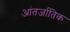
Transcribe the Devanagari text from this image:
आंतर्जातिक